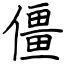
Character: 僵